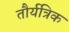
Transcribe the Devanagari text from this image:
तौर्यत्रिक